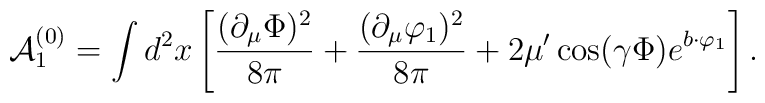
{\cal A}_1^{(0)}=\int d^2x\left[ \frac{(\partial _\mu \Phi )^2}{8\pi }+\frac{(\partial _\mu \varphi _1)^2}{8\pi }+2\mu ^{\prime }\cos (\gamma \Phi)e^{b\cdot \varphi _1}\right].